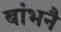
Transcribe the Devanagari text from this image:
बांभनै